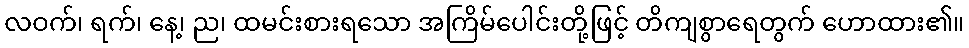
လဝက်၊ ရက်၊ နေ့၊ ည၊ ထမင်းစားရသော အကြိမ်ပေါင်းတို့ဖြင့် တိကျစွာရေတွက် ဟောထား၏။